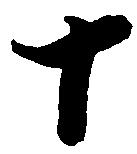
十